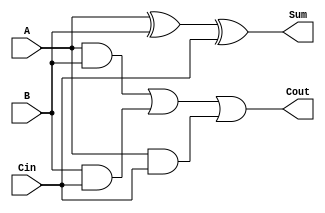
module full_adder (
    input wire A,     // One bit input A
    input wire B,     // One bit input B
    input wire Cin,   // Carry-in bit
    output wire Sum,  // Sum output
    output wire Cout  // Carry-out output
);

    // Behavioral description of the full adder
    assign Sum = A ^ B ^ Cin; // Sum is the XOR of A, B, and Cin
    assign Cout = (A & B) | (B & Cin) | (A & Cin); // Cout is generated as per the carry conditions

endmodule